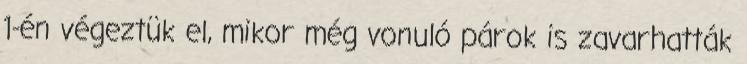
1-én végeztük el, mikor még vonuló párok is zavarhatták